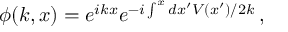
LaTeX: \phi ( k , x ) = e ^ { i k x } e ^ { - i \int ^ { x } d x ^ { \prime } V ( x ^ { \prime } ) / 2 k } \, ,